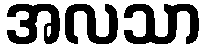
အလသာ